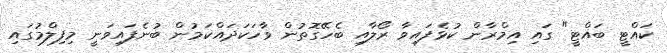
ކައްޓީ ބައްޓީ" ގައި އިމްރާން ކުޅެފައިވާ ރޯލާއި ބެހޭގޮތުން ވާހަކަދައްކަމުން ބުނެފައިވަނީ މިފިލްމުގައި